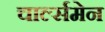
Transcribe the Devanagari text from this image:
चार्ल्समेन